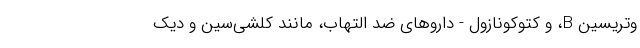
وتریسین B، و کتوکونازول - داروهای ضد التهاب، مانند کلشی‌سین و دیک